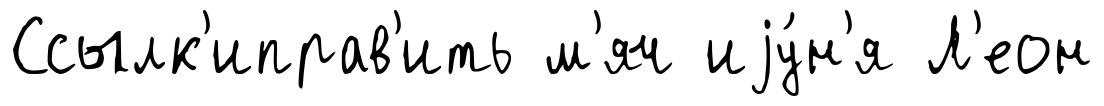
Ссылк'иправ'ить м'яч иjу́н'я Л'еон